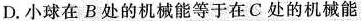
D.小球在B处的机械能等于在C处的机械能